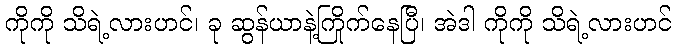
ကိုကို သိရဲ့လားဟင်၊ ခု ဆွန်ယာနဲ့ကြိုက်နေပြီ၊ အဲဒါ ကိုကို သိရဲ့လားဟင်